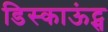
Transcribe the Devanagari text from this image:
डिस्काऊंट्स